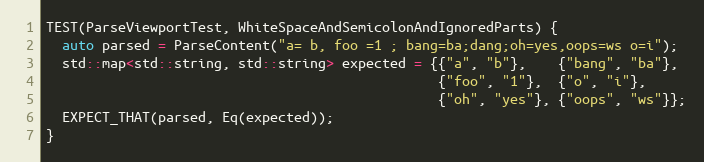
Language: C++
TEST(ParseViewportTest, WhiteSpaceAndSemicolonAndIgnoredParts) {
  auto parsed = ParseContent("a= b, foo =1 ; bang=ba;dang;oh=yes,oops=ws o=i");
  std::map<std::string, std::string> expected = {{"a", "b"},    {"bang", "ba"},
                                                 {"foo", "1"},  {"o", "i"},
                                                 {"oh", "yes"}, {"oops", "ws"}};
  EXPECT_THAT(parsed, Eq(expected));
}